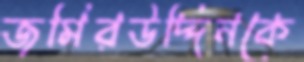
জমিরউদ্দিনকে